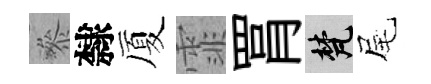
叅隸厦霏罥梵尾